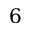
6